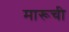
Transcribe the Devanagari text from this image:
मारूची